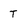
Character: T